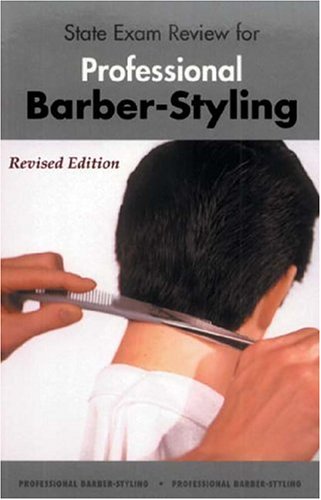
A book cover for State Exam Review for Professional Barber-Styling (revised editon); Milady; Health, Fitness & Dieting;